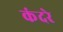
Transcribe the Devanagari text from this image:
कंदरे